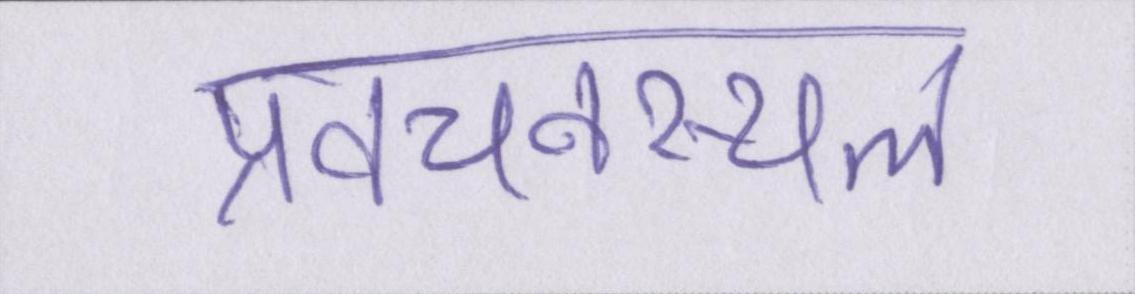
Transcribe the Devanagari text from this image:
प्रवचनस्थल